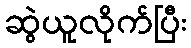
ဆွဲယူလိုက်ပြီး